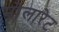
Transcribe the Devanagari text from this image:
मोलारेट